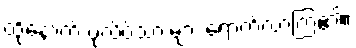
ထို့နောက် ပုလိပ်သားများ ရောက်လာကြ၏။